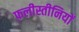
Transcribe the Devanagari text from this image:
फ़लीस्तीनियों